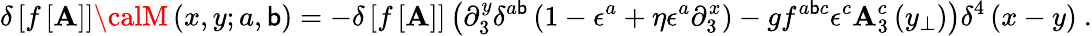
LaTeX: \delta\left[f\left[\mathbf{A}\right]\right]{\calM}\left(x,y;a,\mathsf{b}\right)=-\delta\left[f\left[\mathbf{A}\right]\right]\left(\partial_{3}^{y}\delta^{a\mathsf{b}}\left(1-\epsilon^{a}+\eta\epsilon^{a}\partial_{3}^{x}\right)-gf^{a\mathsf{b}c}\epsilon^{c}\mathbf{A}_{3}^{c}\left(y_{\perp}\right)\right)\delta^{4}\left(x-y\right)\ .